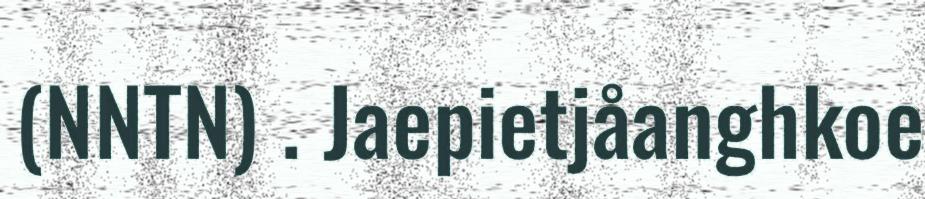
(NNTN) . Jaepietjåanghkoe